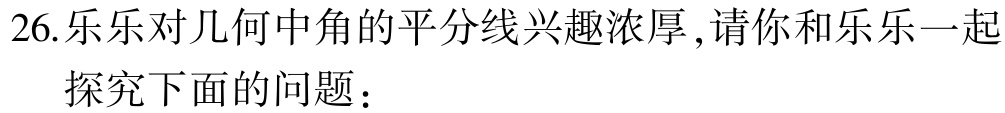
26. 乐乐对几何中角的平分线兴趣浓厚，请你和乐乐一起

   探究下面的问题：